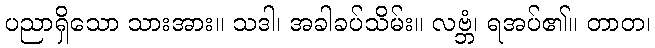
ပညာရှိသော သားအား။ သဒါ၊ အခါခပ်သိမ်း။ လဗ္ဘံ၊ ရအပ်၏။ တာတ၊